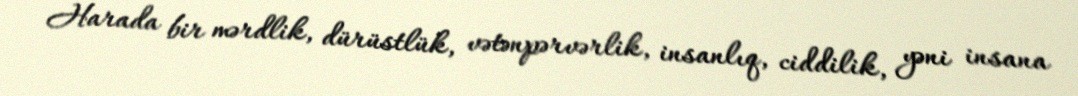
Harada bir mərdlik, dürüstlük, vətənpərvərlik, insanlıq, ciddilik, yəni insana